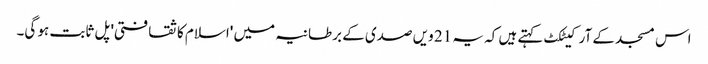
اس مسجد کے آرکیٹکٹ کہتے ہیں کہ یہ 21 ویں صدی کے برطانیہ میں 'اسلام کا ثقافتی' پل ثابت ہو گی۔